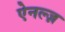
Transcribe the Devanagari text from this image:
ऐनल्ज़